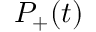
P _ { + } ( t )